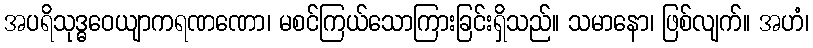
အပရိသုဒ္ဓဝေယျာကရဏဏော၊ မစင်ကြယ်သောကြားခြင်းရှိသည်။ သမာနော၊ ဖြစ်လျက်။ အဟံ၊